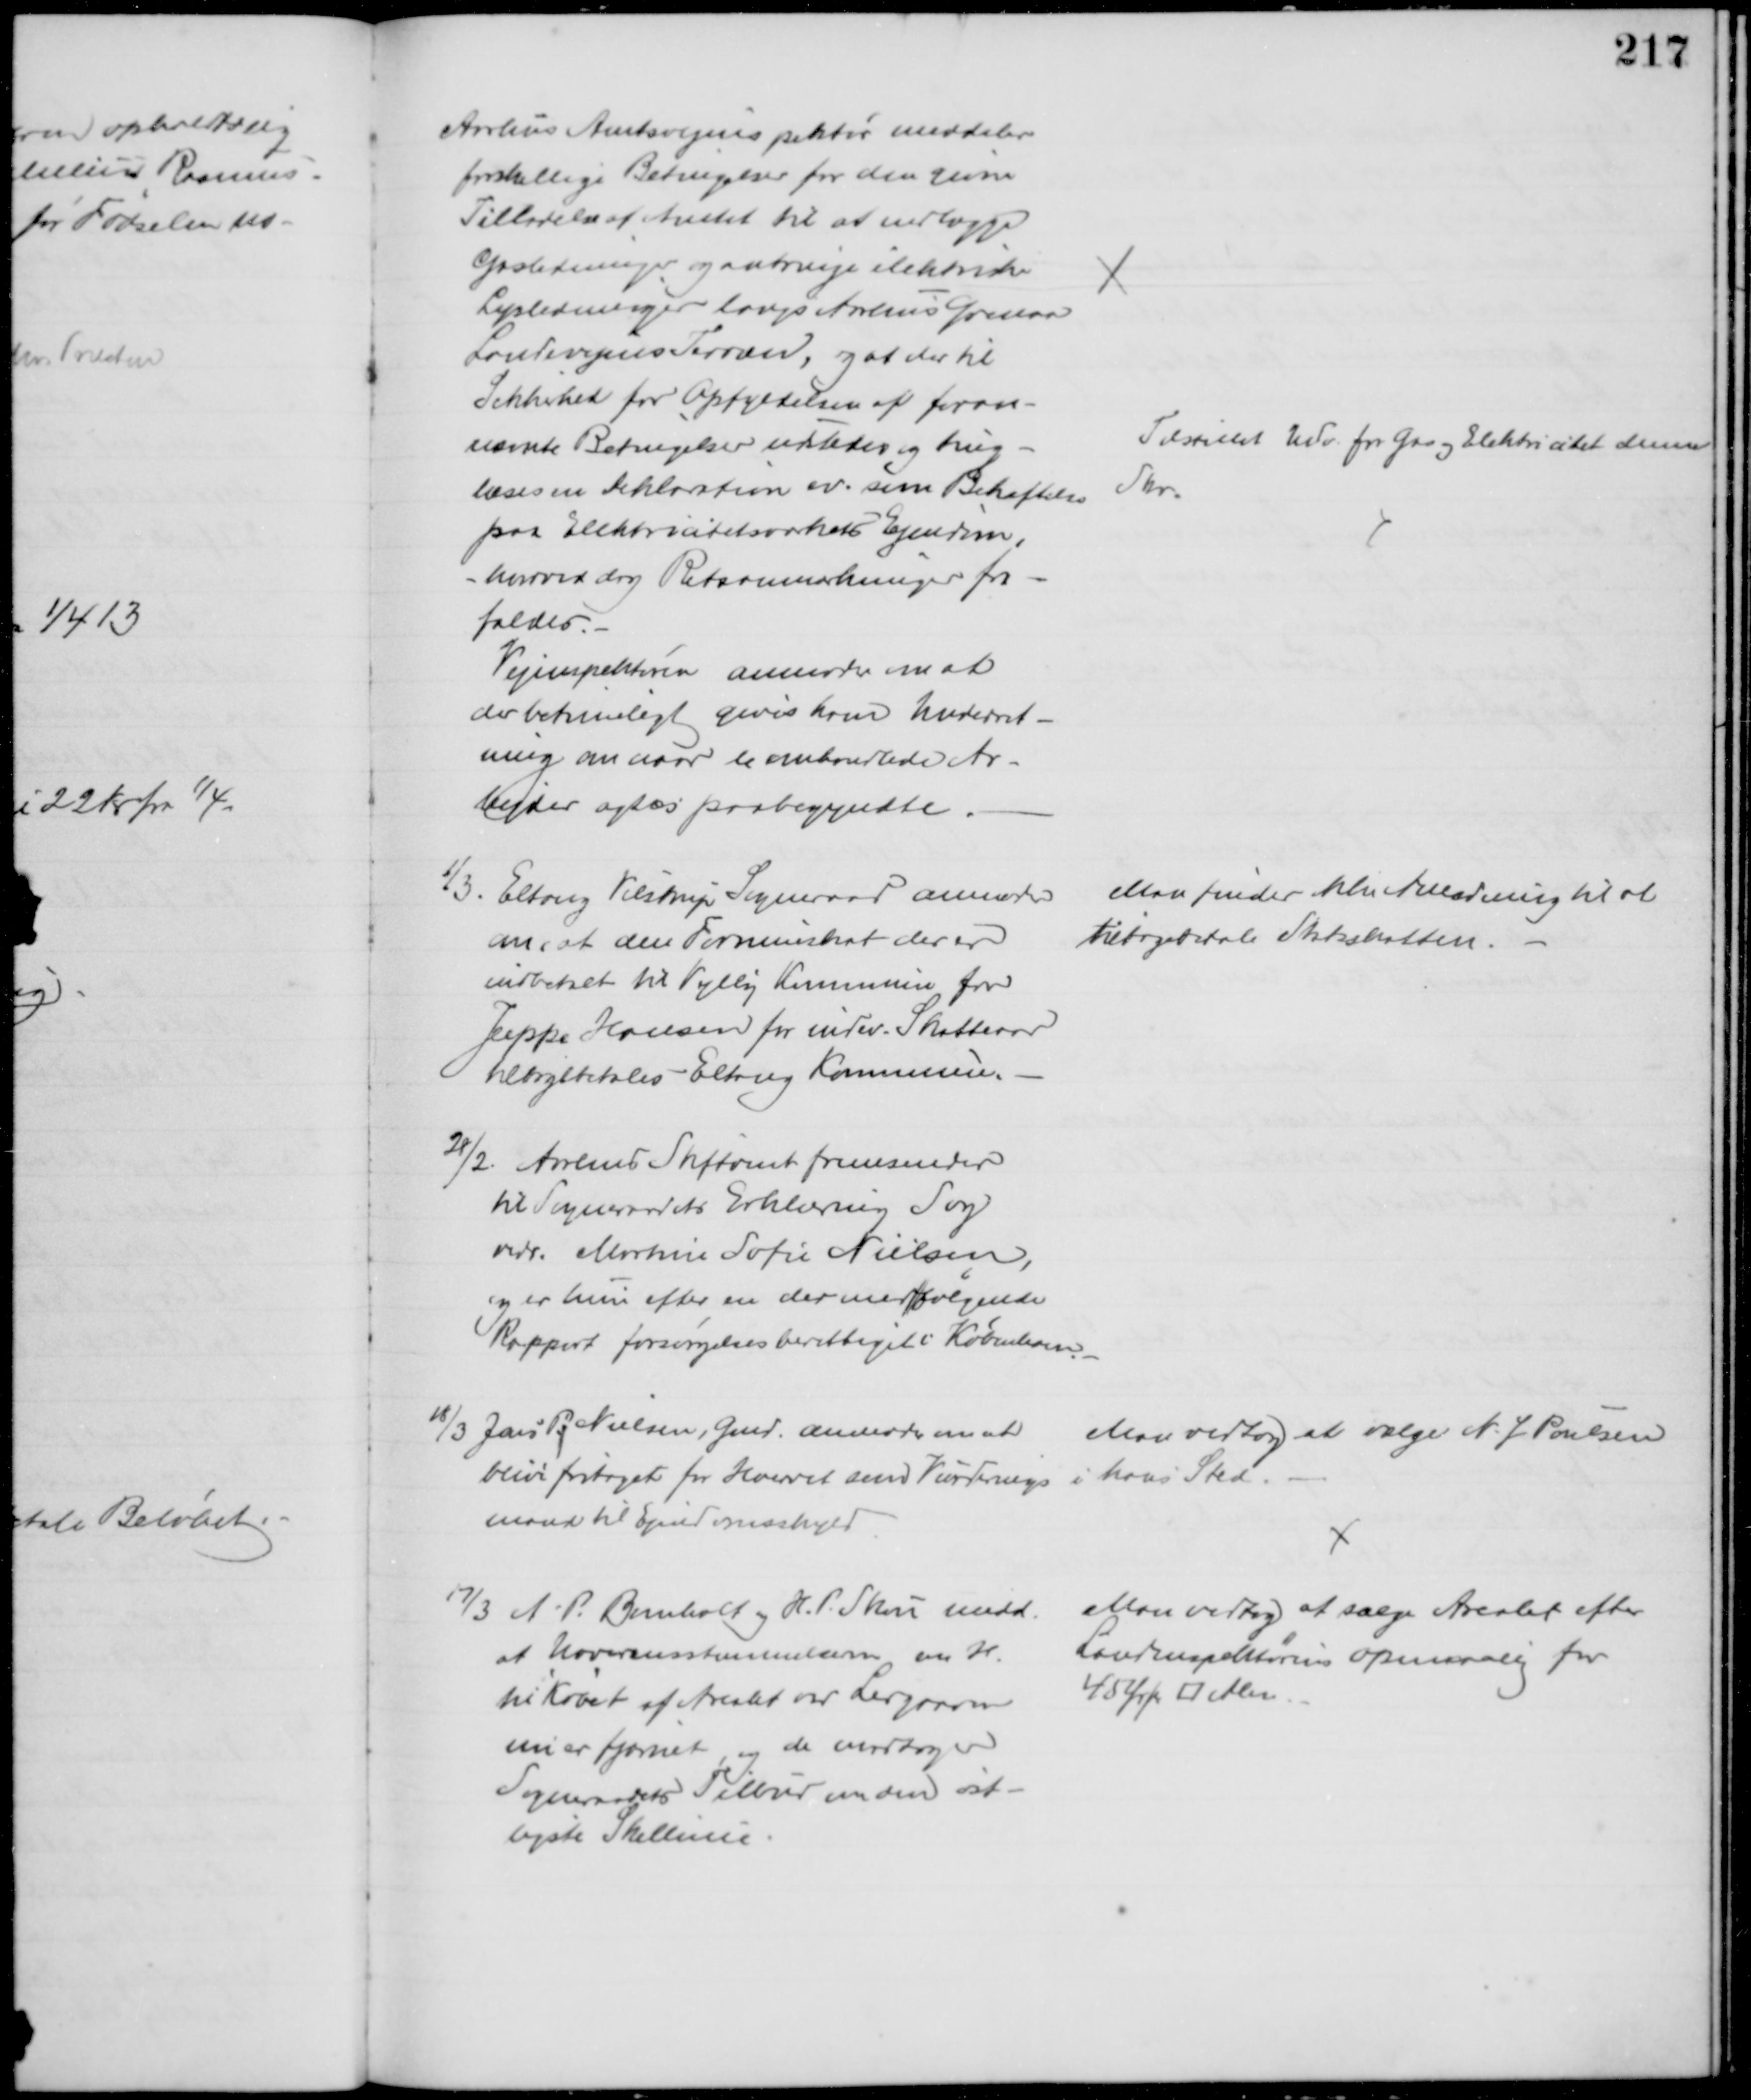
Transskription:
Aarhus Amtsvejinspektør meddeler
forskellige Betingelser for den givne
Tilladelse af Amtet til at nedlægge
Gasledninger og anbringe elektriske
Lysledninger langs Aarhus Grenaa
Landevejens Terræn, og at der til 
Sikkerhed for Opfyldelsen af foran-
nævnte Betingelser udbedes og ting -
læses en Deklaration ev. som Bekræftelse
paa Elektricitetsværkets Ejendom,
hvorved dog Retsanmærkninger fra- 
faldes.
Vejinspektøren anmoder om at
der betimeligt gives ham Underret-
ning om naar de omhandlede Ar-
bejder agtes paabegyndte.
Tilstillet Udv. for Gas og Elektricitet denne
Skr.
1/3. Eltang Vilstrup Sogneraad anmoder
om, at den Formueskat der er
indbetalt til Vejlby Kommune for
Jeppe Hansen for indev. Skatteaar
tilbagebetales Eltang Kommune.
Man finder ikke Anledning til at
tilbagebetale Statsskatten.
28/2. Aarhus Stiftamt fremsender
til Sogneraadets Erklæring Sag
vedr. Martine Sofie Nielsen,
og er hun efter en der med/følgende
Rapport forsørgelsesberettiget i København
18/3 Jens P. Nielsen, Gmd. anmoder om at
blive fritaget for Hvervet som Vurderings
mand til Ejendomsskyld
Man vedtog at vælge N. J. Poulsen
i hans Sted.
17/3 A. P. Bomholt og H. P. Skou medd. 
at Uoverensstemmelsen m H.
til købet af Arealet ved Lergraven
nu er fjernet, og de modtager
Sogneraadets Tilbud om den øst-
ligste Skellinie.
Man vedtog at sælge Arealet efter
Landinspektørens opmaaling for
45 Ør pr □ Alen.